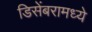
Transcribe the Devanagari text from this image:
डिसेंबरामध्ये